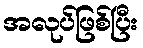
အလုပ်ဖြစ်ပြီး